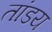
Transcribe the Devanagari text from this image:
तांडय